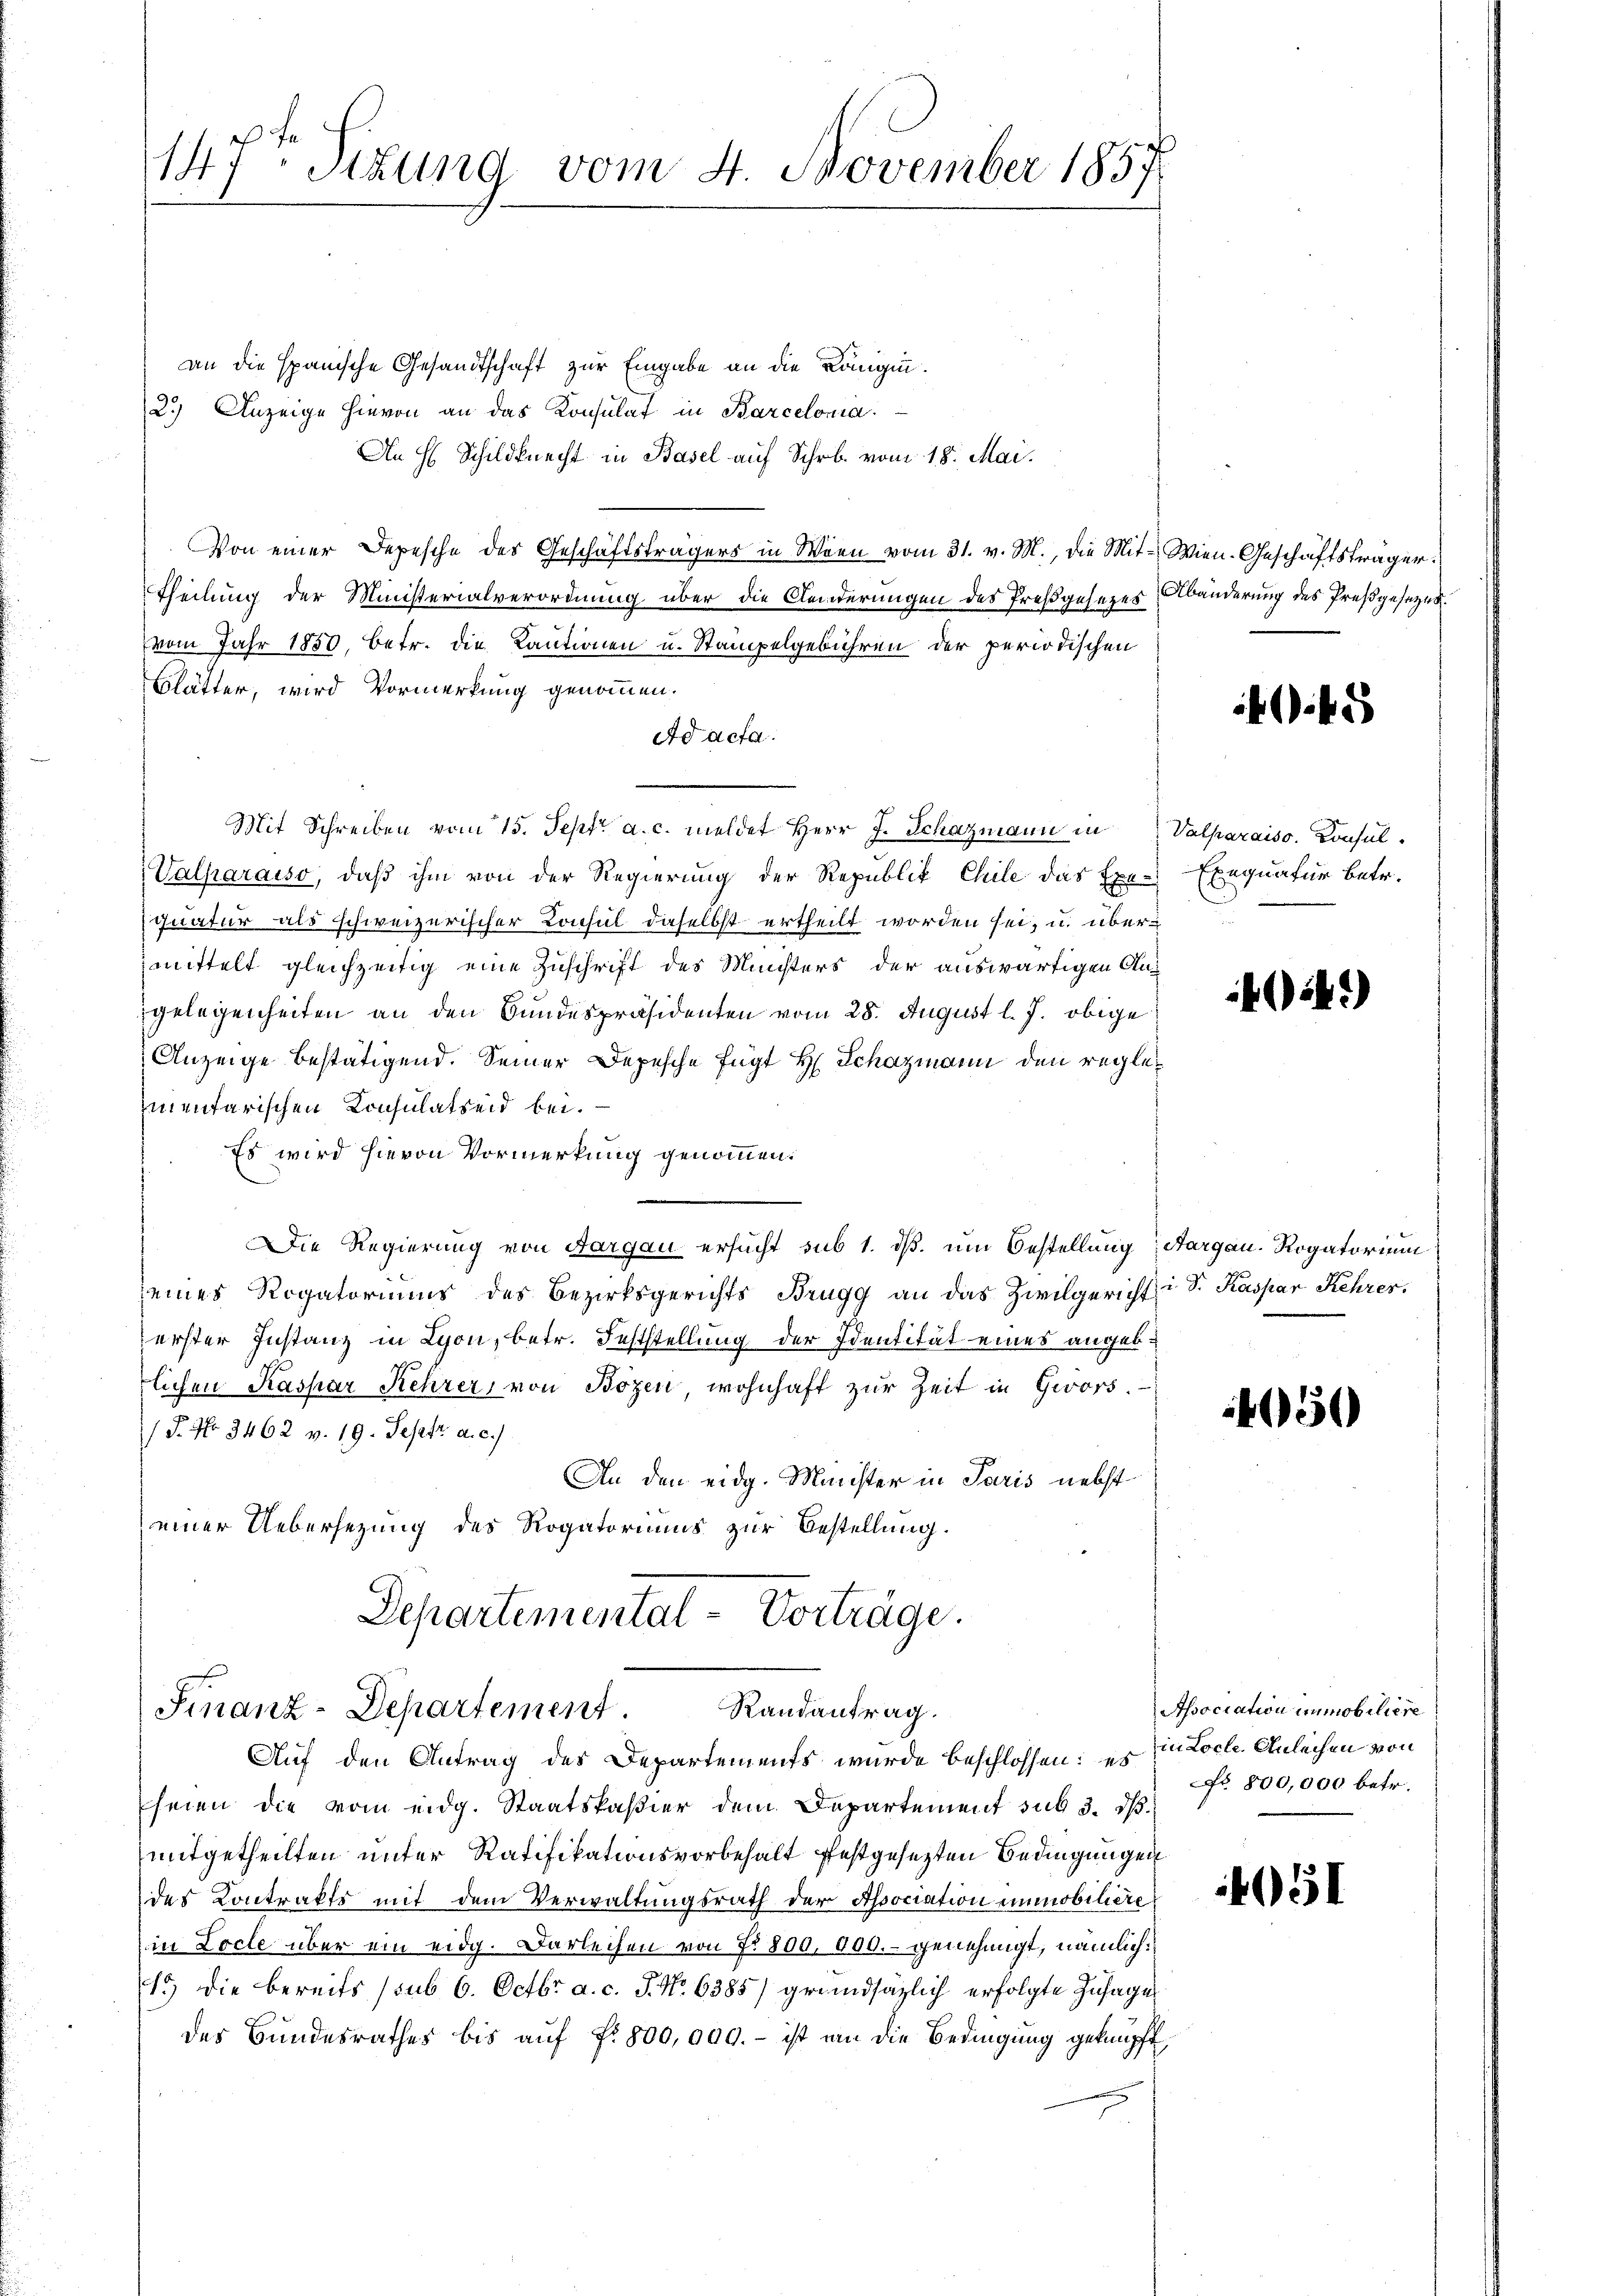
147t Sizung vom 4. November 1857

an die spanische Gesandtschaft zur Eingabe an die Königin¬
2.) Anzeige hievon an das Konsulat in Barcelonia.
An H. Schildknecht in Basel auf Schrb. vom 18. Mai.
Von einer Depesche des Geschäftsträgers in Wien vom 31. v. M., die Mit- Wien-Geschäftsträger
Theilung der Ministerialverordnung über die Aenderungen des Preßgesezes Abänderung des Preßgesetzes.
vom Jahr 1850, betr. die Kautionen u. Stampelgebühren der periodischen
Blätter, wird Vormerkung genommen.
Ad acta.
Mit Schreiben vom 15. Sept. a. c. meldet Herr J. Schazmann in Valparaiss. Konsul¬
Valparaiso, daß ihm von der Regierung der Republik Chile das Exe-Exequatur betr.
quatur als schweizerischer Konsul daselbst ertheilt worden sei, u. übermittelt gleichzeitig eine Zuschrift des Ministers der auswärtigen Angelegenheiten an den Bundespräsidenten vom 28. August l. J. obige
Anzeige bestätigend. Seiner Depesche fügt H. Schazmann den regleimentarischen Consulatseid bei.
Es wird hievon Vormerkung genommen.
Die Regierung von Aargau ersucht sub 1. dß. um Bestellung Aargau. Rogatorium
seines Rogatoriums des Bezirksgerichts Brugg an das Zivilgericht i S. Kaspar Kehrer,
erster Instanz in Lyon, betr. Feststellung der Identität eines angeblichen Kaspar Kehrer, von Bozen, wohnhaft zur Zeit in Geors.
/F. No 3462 v. 19. Septr. a. c.)
An den eidg. Minister in Paris nebst
einer Uebersezung des Rogatoriums zur Bestellung.
Departemental-Vortrage.

Finanz-Departement. Randantrag.
Auf den Antrag des Departements wurde beschlossen: es in Loch Anleihen von

seien die vom eidg. Staatskaßier dem Departement sub 3. dß
mitgetheilten unter Ratifikationsvorbehalt festgesezten Bedingungen
des Kontrakte mit dem Verwaltungsrath der Association immobilière
in Locle über ein eidg. Darleihen von No 800,000.- genehmigt, nämlich
15) Die bereits sub 6. Octbr. a. c. J. No 6385) grundsätzlich erfolgte Zusages
des Bundesrathes bis aŭf fr. 800,000.- ist an die Bedingung geknüpft,

i4.)

450

Association immobiliere
No. 800,000 betr.

51